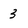
Character: 3